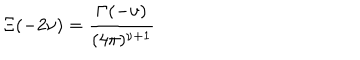
LaTeX: \Xi ( - 2 \nu ) = \frac { \Gamma ( - \nu ) } { ( 4 \pi ) ^ { \nu + 1 } } \;